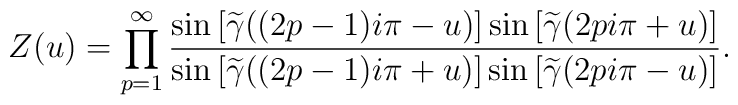
Z(u)=\prod_{p=1}^{\infty}\frac{\sin\left[\widetilde{\gamma}((2p-1)i\pi -u)\right]\sin\left[\widetilde{\gamma}(2pi\pi +u)\right]}{\sin\left[\widetilde{\gamma}((2p-1)i\pi +u)\right]\sin\left[\widetilde{\gamma}(2pi\pi - u)\right]}.